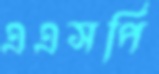
এএসপি